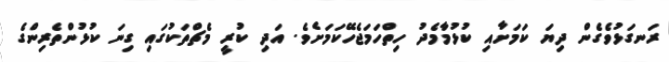
ރަނގަޅުވެގެން ދިޔަ ކަމަށާއި ކުޅުމާމެދު ހިތްހަމަޖެހޭކަމަށެވެ. އަދި ކުރީ މެޗްތަކުގައި ގިނަ ކުޅުންތެރިންގެ